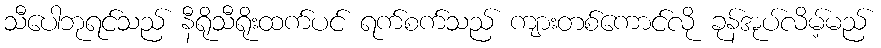
သီပေါဘုရင်သည် နီရိုသီရိုးထက်ပင် ရက်စက်သည် ကျားတစ်ကောင်လို ခုန်အုပ်လိမ့်မည်